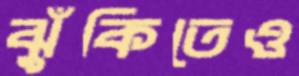
ঝুঁকিতেও